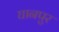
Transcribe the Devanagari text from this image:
घानपुर